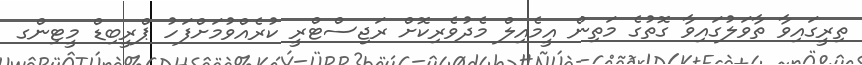
ތިރީގައިވާ ތާވަލުގައިވާ ގޮތުގެ މަތިން އީމެއިލް މެދުވެރިކޮށް ރަޖިސްޓްރީ ކުރެއްވުމަށްފަހު ޕްރީބިޑް މީޓިންގ